Kuressaare_kinnistusamet, lk 2
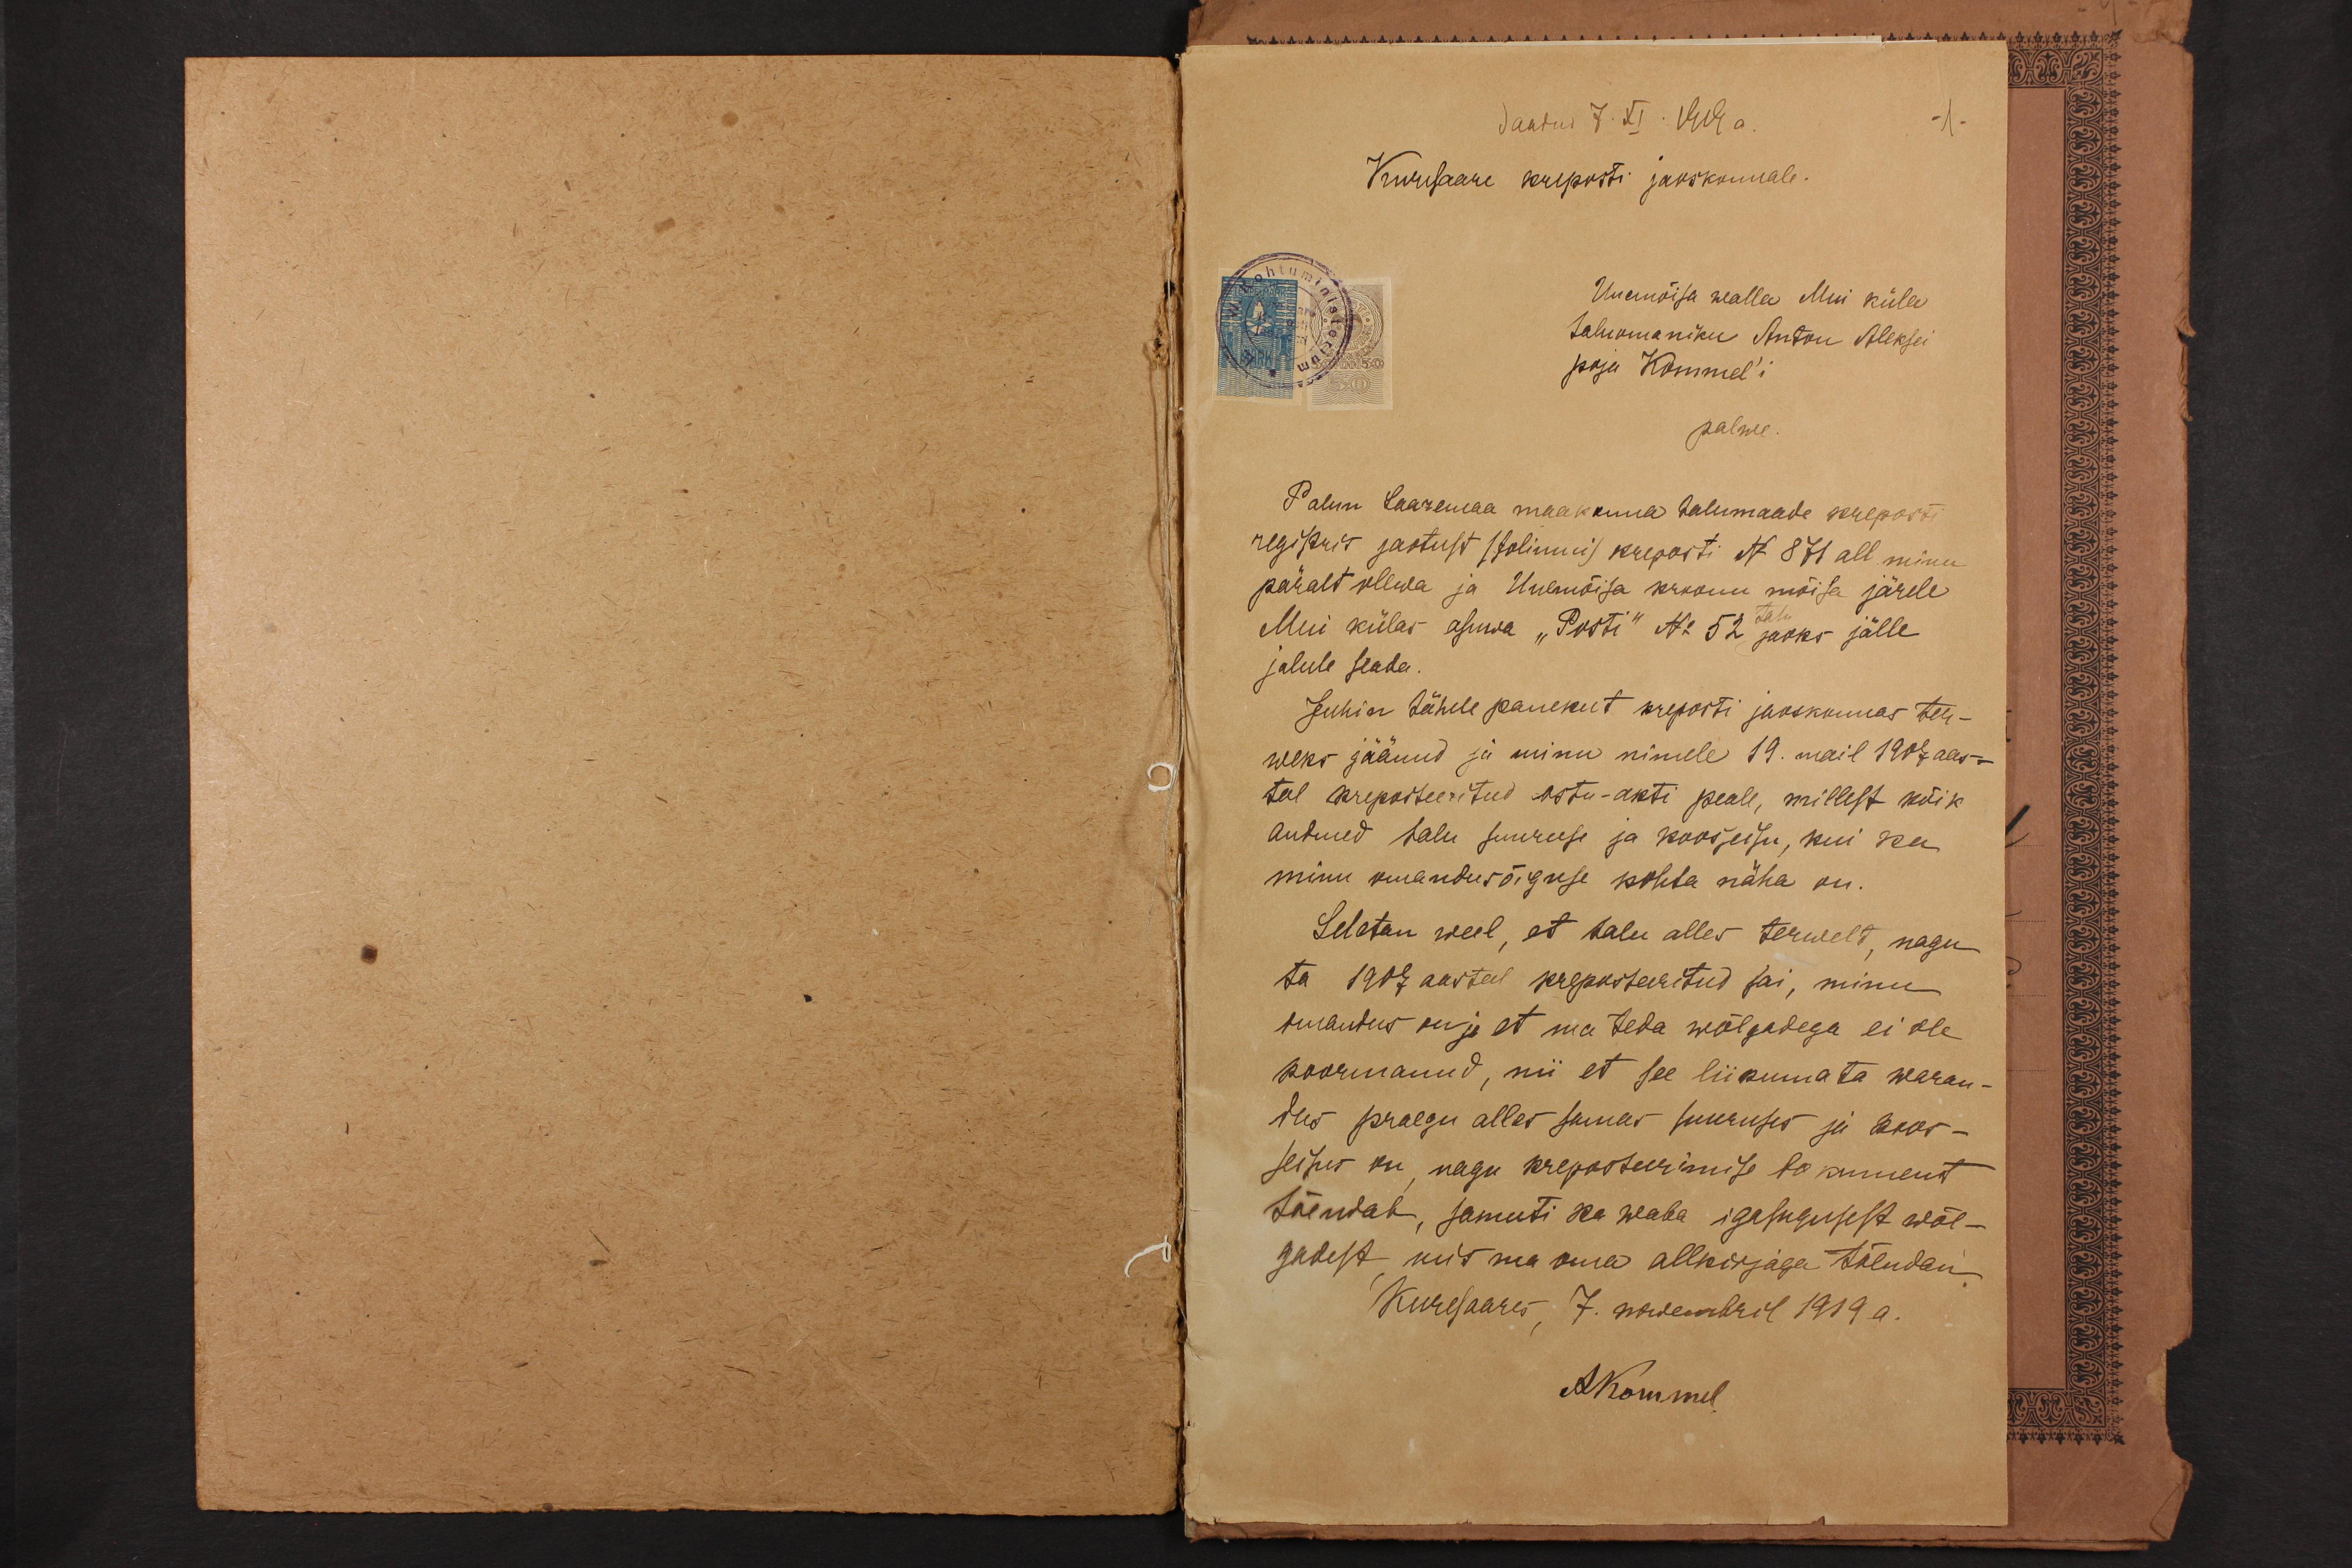
Saadud 7. XI. 1919 a.
-1.
Kuusaare kreposti jaoskonnale.
Uuamõisa walla Mui küla
taluomaniku Anton Aleksei
poja Kommel'i
palwe.
Palun Saaremaa maakonna talumaade kreposti
registris jaotust /foliumi/ kreposti N 871 all minu-
päralt olewa ja Uuemõisa kroonu mõisa järele
Mui külas asuwa "Posti" No 52 jaoks jälle
jalule seada.
Juhin tähele panekut kreposti jaoskonnas ter-
weks jäänud ja minu nimele 19. mail 1907 aas-
tal kreposteeritud ostu-akti peale, millest kõik
andmed talu suuruse ja koosseisu, kui ka
minu omandusõiguse kohta näha on.
Seletan weel, et talu alles terwelt nagu
ta 1907 aastal kreposteeritud sai, minu
omandus on ja et ma teda wõlgadega ei ole
koormanud, nii et see liikumata waran-
dus praegu alles samas suuruses ja koos-
seisus on nagu kreposteerimise dokument
tõendab, samuti ka waba igasugusest wõl-
gadest kus ma oma allkirjaga tõendan.
Kuresaares, 7. nowembril 1919 a.
AKommel